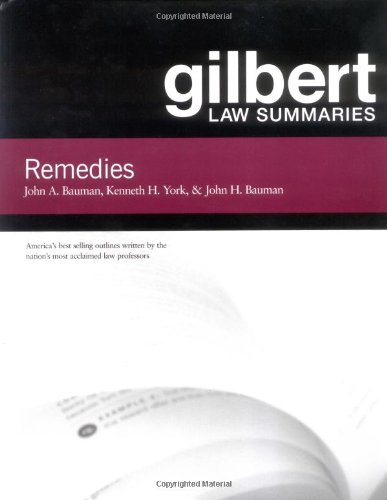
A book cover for Gilbert Law Summaries on Remedies; John Bauman; Law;